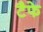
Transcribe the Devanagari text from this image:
टैफे